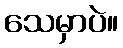
သေမှာပဲ။